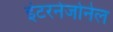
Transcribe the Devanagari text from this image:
इंटरनेजोनेल